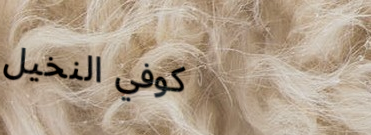
كوفي النخيل